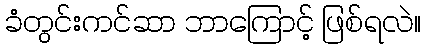
ခံတွင်းကင်ဆာ ဘာကြောင့် ဖြစ်ရလဲ။